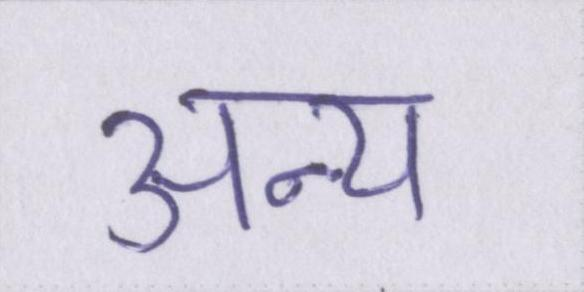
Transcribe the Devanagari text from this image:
अन्य